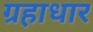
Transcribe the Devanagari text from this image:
ग्रहाधार